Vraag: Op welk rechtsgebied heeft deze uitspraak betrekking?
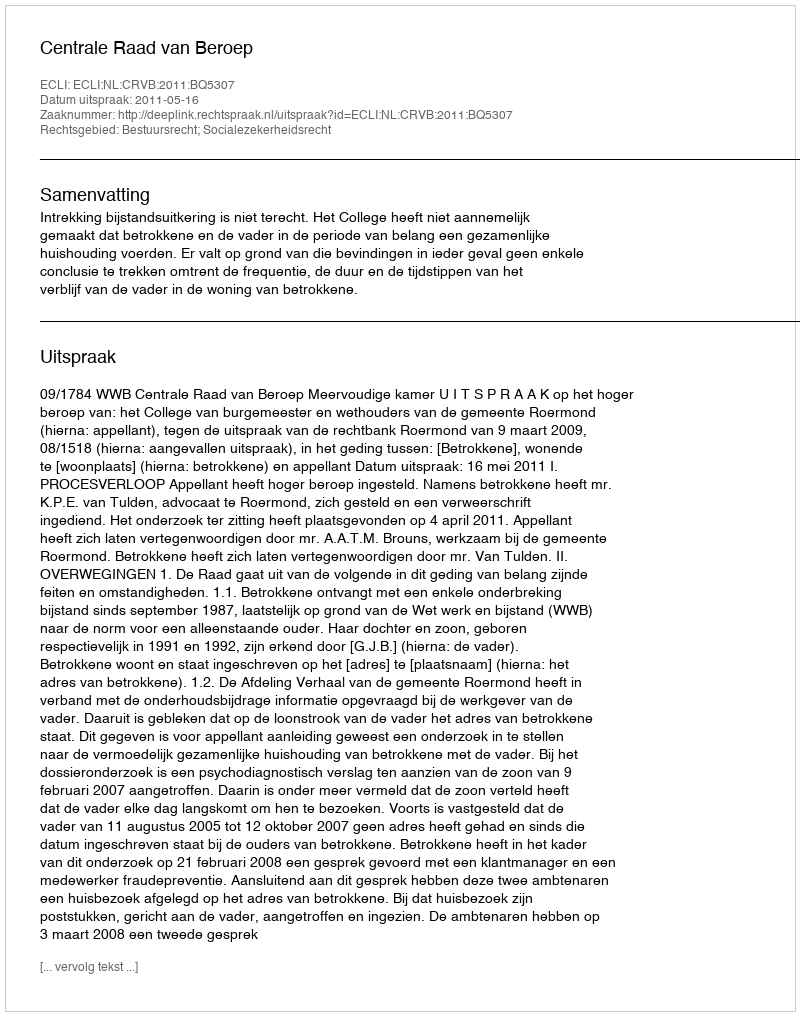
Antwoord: Bestuursrecht; Socialezekerheidsrecht